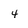
Character: 4